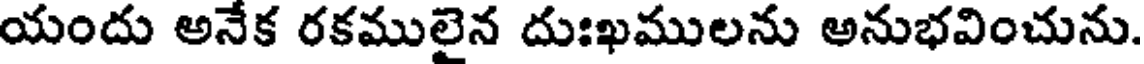
యందు అనేక రకములైన దుఃఖములను అనుభవించును.